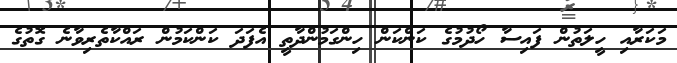
މަކަރާއި ހީލަތުން ފައިސާ ހޯދުމުގެ ކަންކަން ހިންގަމުންދާތީ އެފަދަ ކަންކަމުން ރައްކާތެރިވާނެ ގޮތުގެ